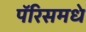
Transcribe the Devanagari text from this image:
पॅरिसमधे